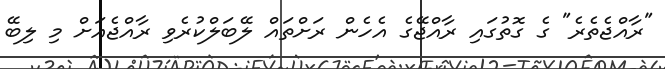
"ރާއްޖެތެރެ" ގެ ގޮތުގައި ރާއްޖޭގެ އެހެން ރަށްތައް ލޭބަލްކުރެވި ރާއްޖެއަށް މި ލިބޭ